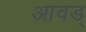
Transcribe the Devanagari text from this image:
आवड्